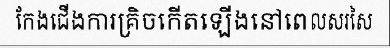
កែងជើងការគ្រិចកើតឡើងនៅពេលសរសៃ